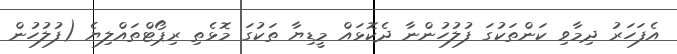
އެފަހަރު ދިމާވި ކަންތަކުގަ ފުލުހުންނާ ދެކޮޅައް މީޑިޔާ ތަކުގަ މޮޅެތި ރިޕޯޓްތައްލިޔެ (ފުލުހުން